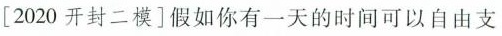
[2020开封二模]假如你有一天的时间可以自由支